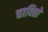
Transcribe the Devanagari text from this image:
चावितो